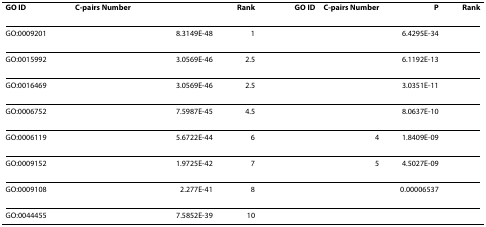
<table><thead><tr><td><b>GO ID</b></td><td><b>C-pairs Number</b></td><td>[EMPTY_CELL]</td><td><b>Rank</b></td><td><b>GO ID</b></td><td><b>C-pairs Number</b></td><td><b>P</b></td><td><b>Rank</b></td></tr></thead><tbody><tr><td>GO:0009201</td><td>[EMPTY_CELL]</td><td>8.3149E-48</td><td>1</td><td>[EMPTY_CELL]</td><td>[EMPTY_CELL]</td><td>6.4295E-34</td><td>[EMPTY_CELL]</td></tr><tr><td>GO:0015992</td><td>[EMPTY_CELL]</td><td>3.0569E-46</td><td>2.5</td><td>[EMPTY_CELL]</td><td>[EMPTY_CELL]</td><td>6.1192E-13</td><td>[EMPTY_CELL]</td></tr><tr><td>GO:0016469</td><td>[EMPTY_CELL]</td><td>3.0569E-46</td><td>2.5</td><td>[EMPTY_CELL]</td><td>[EMPTY_CELL]</td><td>3.0351E-11</td><td>[EMPTY_CELL]</td></tr><tr><td>GO:0006752</td><td>[EMPTY_CELL]</td><td>7.5987E-45</td><td>4.5</td><td>[EMPTY_CELL]</td><td>[EMPTY_CELL]</td><td>8.0637E-10</td><td>[EMPTY_CELL]</td></tr><tr><td>GO:0006119</td><td>[EMPTY_CELL]</td><td>5.6722E-44</td><td>6</td><td>[EMPTY_CELL]</td><td>4</td><td>1.8409E-09</td><td>[EMPTY_CELL]</td></tr><tr><td>GO:0009152</td><td>[EMPTY_CELL]</td><td>1.9725E-42</td><td>7</td><td>[EMPTY_CELL]</td><td>5</td><td>4.5027E-09</td><td>[EMPTY_CELL]</td></tr><tr><td>GO:0009108</td><td>[EMPTY_CELL]</td><td>2.277E-41</td><td>8</td><td>[EMPTY_CELL]</td><td>[EMPTY_CELL]</td><td>0.00006537</td><td>[EMPTY_CELL]</td></tr><tr><td>GO:0044455</td><td>[EMPTY_CELL]</td><td>7.5852E-39</td><td>10</td><td>[EMPTY_CELL]</td><td>[EMPTY_CELL]</td><td>[EMPTY_CELL]</td><td>[EMPTY_CELL]</td></tr></tbody></table>